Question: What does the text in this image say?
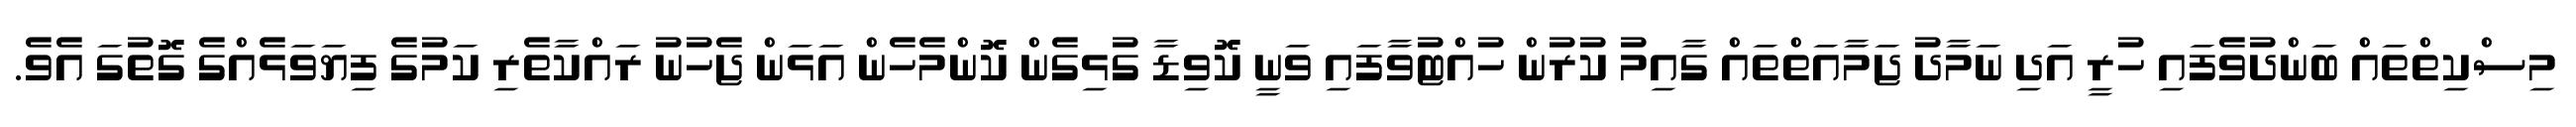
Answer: މިސްކިތްތައް ބަންދުވެފައި ހުރީ އަދި ނަމާދު ޖަމާއަތްތައް ގާއިމު ކުރުން ހުއްޓުވާފައި ވަނީ ކޮވިޑާ ގުޅިގެން ކޮންމެހެން އަޅަން ޖެހުނު ރައްކާތެރި ކަމުގެ ފިޔަވަޅެއްގެ ގޮތުގަ އެވެ.